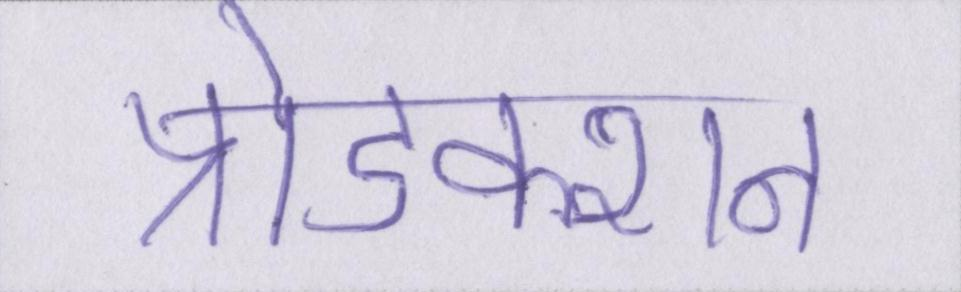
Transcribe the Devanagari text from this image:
प्रोडक्शन